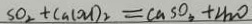
S O _ { 2 } + C a ( O H ) _ { 2 } = C a S O _ { 3 } + H _ { 2 } O